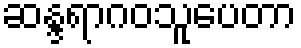
ဆန္ဒရာဂဝသူပေတာ